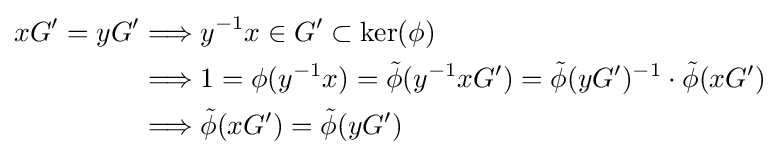
{\begin{aligned}xG'=yG'&\Longrightarrow y^{-1}x\in G'\subset \ker(\phi )\\&\Longrightarrow 1=\phi (y^{-1}x)={\tilde {\phi }}(y^{-1}xG')={\tilde {\phi }}(yG')^{-1}\cdot {\tilde {\phi }}(xG')\\&\Longrightarrow {\tilde {\phi }}(xG')={\tilde {\phi }}(yG')\end{aligned}}